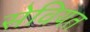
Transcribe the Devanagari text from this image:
सेवियत